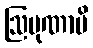
ဩပုဏာမိ